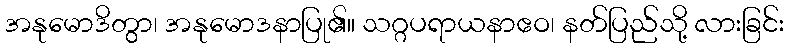
အနုမောဒိတွာ၊ အနုမောဒနာပြု၏။ သဂ္ဂပရာယနာဧဝ၊ နတ်ပြည်သို့ လားခြင်း